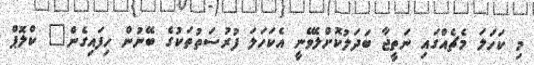
މި ކަހަލަ މެޗެއްގައި ނަތީޖާ ބަދަލުކޮށްލެވޭނީ އެކަހަލަ ފުރުސަތުތަކުގެ ބޭނުން ހިފައިގެން" ކްލޮޕް